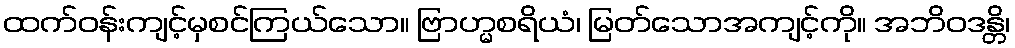
ထက်ဝန်းကျင့်မှစင်ကြယ်သော။ ဗြာဟ္မစရိယံ၊ မြတ်သောအကျင့်ကို။ အဘိဝဒန္တိ၊